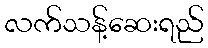
လက်သန့်ဆေးရည်